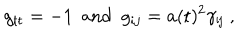
LaTeX: g _ { \sf t t } = - 1 ~ ~ \mathrm { a n d } ~ ~ g _ { i j } = a ( \sf t ) ^ { 2 } \gamma _ { i j } \; ,